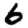
Digit: 6